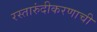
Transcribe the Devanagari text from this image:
रस्तारुंदीकरणाची